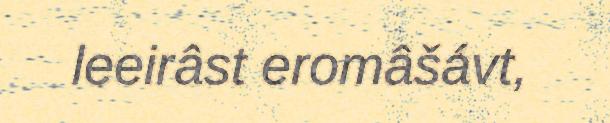
leeirâst eromâšávt,